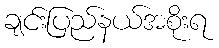
ချင်းပြည်နယ်အစိုးရ